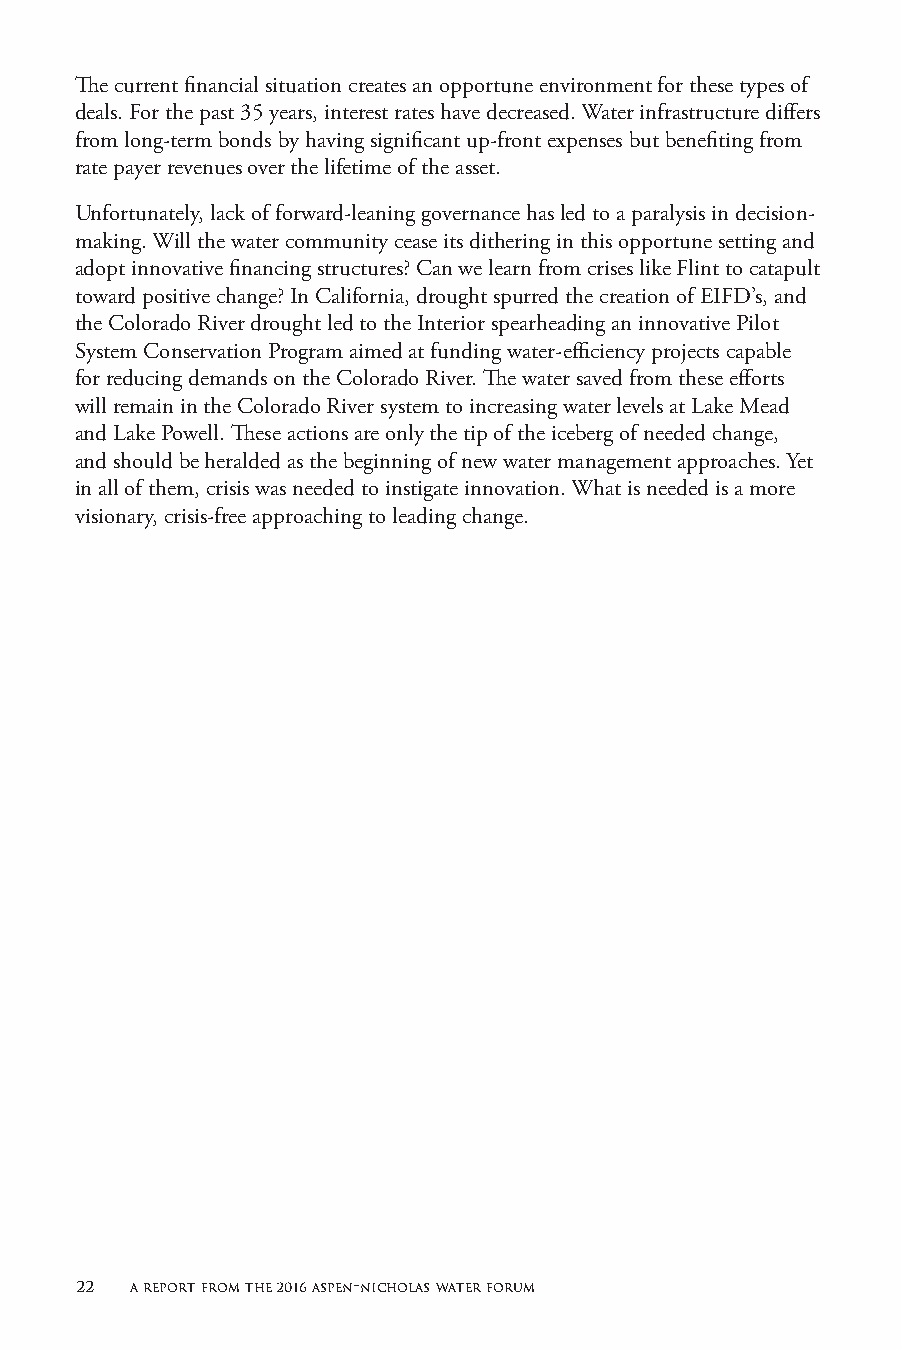
The current financial situation creates an opportune environment for these types of
 deals. For the past 35 years, interest rates have decreased. Water infrastructure differs
 from long-term bonds by having significant up-front expenses but benefiting from
 rate payer revenues over the lifetime of the asset.
 Unfortunately, lack of forward-leaning governance has led to a paralysis in decision-
 making. Will the water community cease its dithering in this opportune setting and
 adopt innovative financing structures? Can we learn from crises like Flint to catapult
 toward positive change? In California, drought spurred the creation of EIFD’s, and
 the Colorado River drought led to the Interior spearheading an innovative Pilot
 System Conservation Program aimed at funding water-efficiency projects capable
 for reducing demands on the Colorado River. The water saved from these efforts
 will remain in the Colorado River system to increasing water levels at Lake Mead
 and Lake Powell. These actions are only the tip of the iceberg of needed change,
 and should be heralded as the beginning of new water management approaches. Yet
 in all of them, crisis was needed to instigate innovation. What is needed is a more
 visionary, crisis-free approaching to leading change.
 22  a report from the 2016 aspen-nicholas water forum